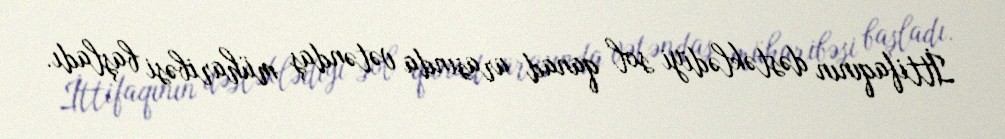
İttifaqının dəstəklədiyi sol qanad arasında vətəndaş müharibəsi başladı.